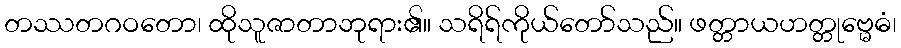
တဿတဂဝတော၊ ထိုသူဇာတာဘုရား၏။ သရိရ်ကိုယ်တော်သည်။ ဖတ္တာယဟတ္တုဗ္မေဓံ၊